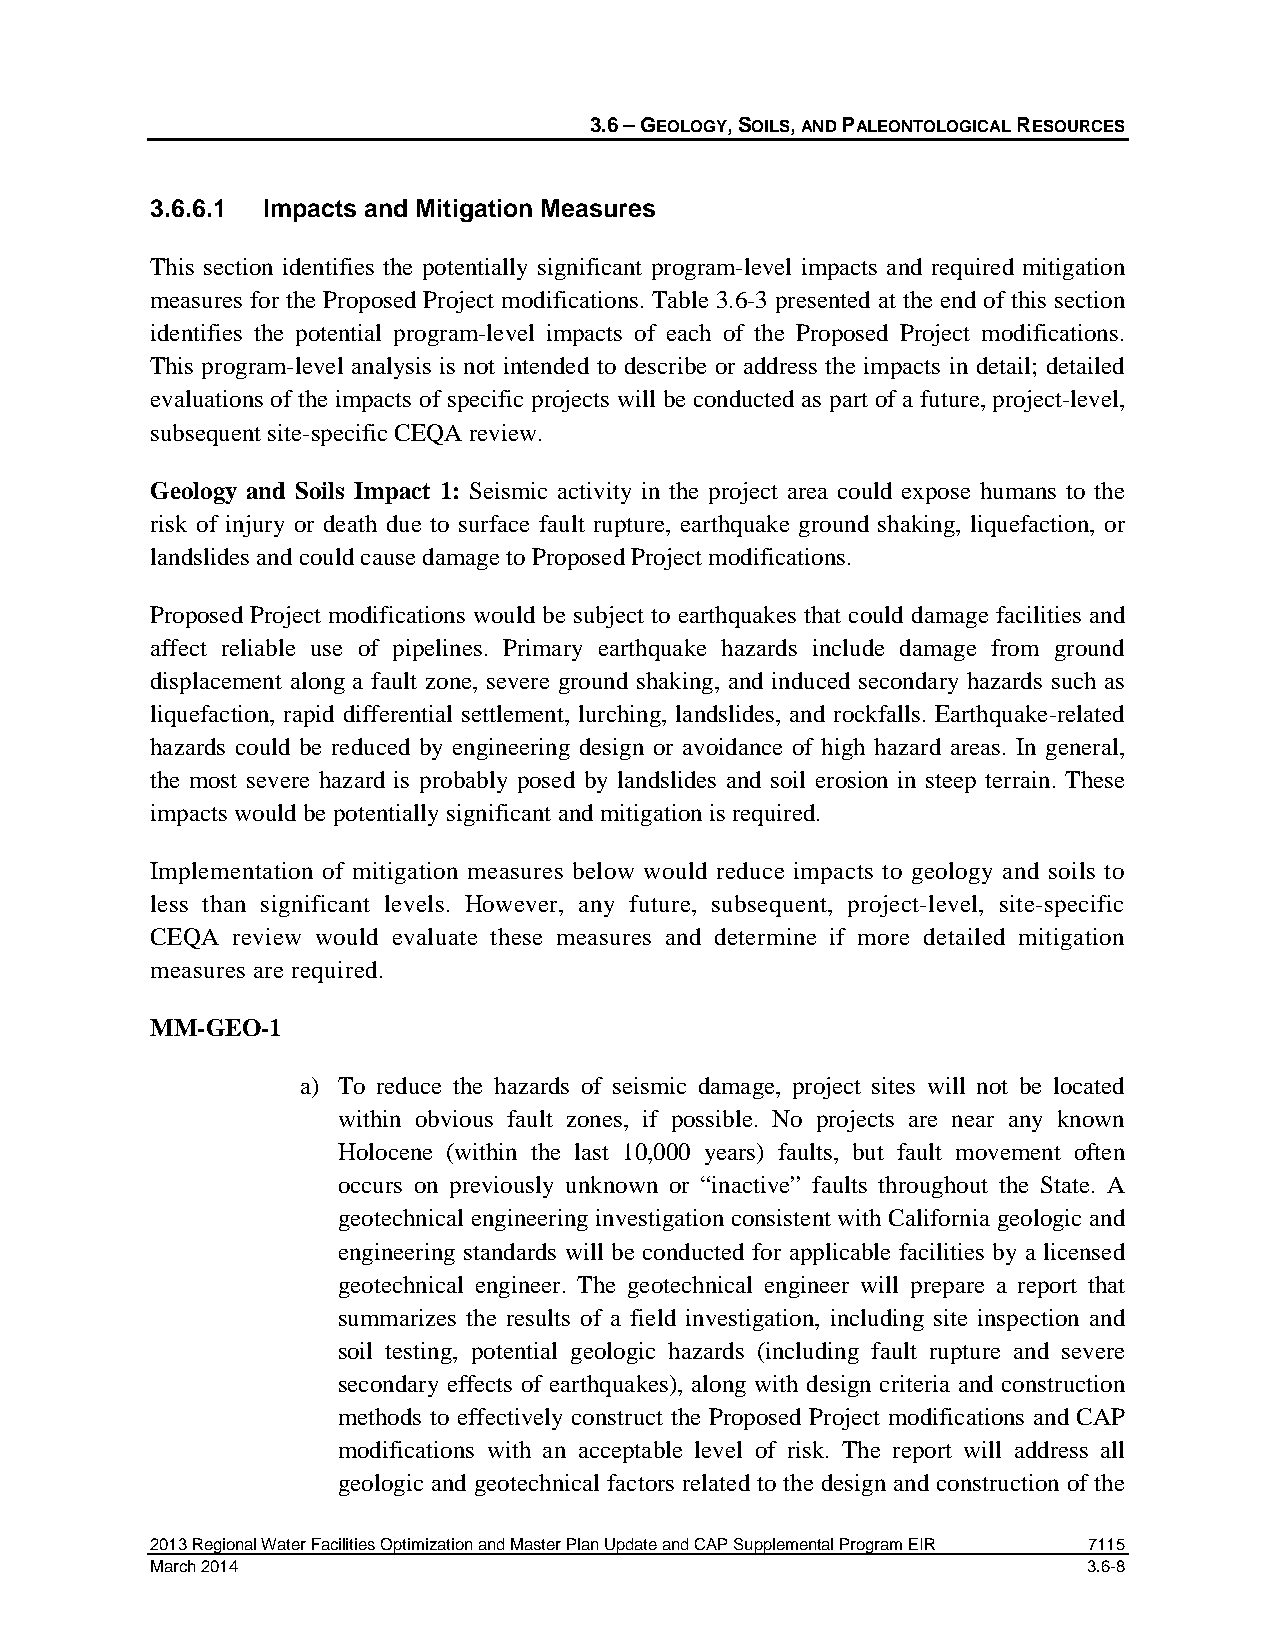
3.6 – GEOLOGY, SOILS, AND PALEONTOLOGICAL RESOURCES
 3.6.6.1 Impacts and Mitigation Measures
 This section identifies the potentially significant program-level impacts and required mitigation
 measures for the Proposed Project modifications. Table 3.6-3 presented at the end of this section
 identifies the potential program-level impacts of each of the Proposed Project modifications.
 This program-level analysis is not intended to describe or address the impacts in detail; detailed
 evaluations of the impacts of specific projects will be conducted as part of a future, project-level,
 subsequent site-specific CEQA review.
 Geology and Soils Impact 1: Seismic activity in the project area could expose humans to the
 risk of injury or death due to surface fault rupture, earthquake ground shaking, liquefaction, or
 landslides and could cause damage to Proposed Project modifications.
 Proposed Project modifications would be subject to earthquakes that could damage facilities and
 affect reliable use of pipelines. Primary earthquake hazards include damage from ground
 displacement along a fault zone, severe ground shaking, and induced secondary hazards such as
 liquefaction, rapid differential settlement, lurching, landslides, and rockfalls. Earthquake-related
 hazards could be reduced by engineering design or avoidance of high hazard areas. In general,
 the most severe hazard is probably posed by landslides and soil erosion in steep terrain. These
 impacts would be potentially significant and mitigation is required.
 Implementation of mitigation measures below would reduce impacts to geology and soils to
 less than significant levels. However, any future, subsequent, project-level, site-specific
 CEQA review would evaluate these measures and determine if more detailed mitigation
 measures are required.
 MM-GEO-1
 a) To reduce the hazards of seismic damage, project sites will not be located
 within obvious fault zones, if possible. No projects are near any known
 Holocene (within the last 10,000 years) faults, but fault movement often
 occurs on previously unknown or “inactive” faults throughout the State. A
 geotechnical engineering investigation consistent with California geologic and
 engineering standards will be conducted for applicable facilities by a licensed
 geotechnical engineer. The geotechnical engineer will prepare a report that
 summarizes the results of a field investigation, including site inspection and
 soil testing, potential geologic hazards (including fault rupture and severe
 secondary effects of earthquakes), along with design criteria and construction
 methods to effectively construct the Proposed Project modifications and CAP
 modifications with an acceptable level of risk. The report will address all
 geologic and geotechnical factors related to the design and construction of the
 2013 Regional Water Facilities Optimization and Master Plan Update and CAP Supplemental Program EIR 7115
 March 2014                                                    3.6-8